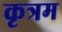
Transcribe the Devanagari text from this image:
कृत्रम